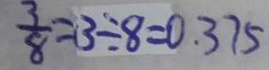
\frac { 3 } { 8 } - 3 \div 8 = 0 . 3 7 5